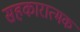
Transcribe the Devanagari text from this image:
सहकारात्मक